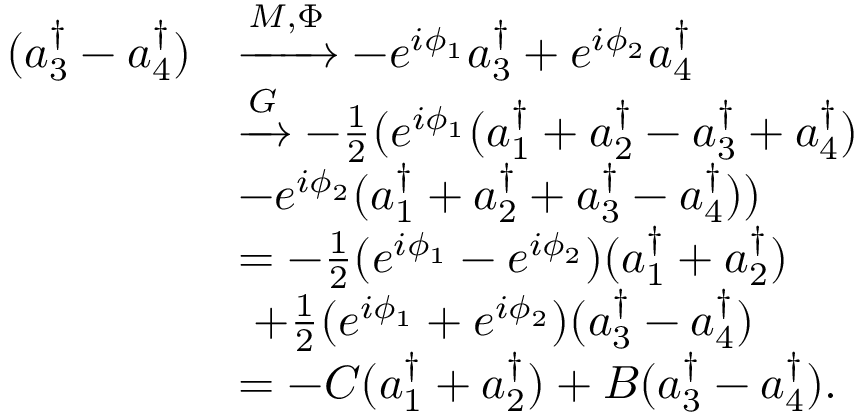
\begin{array} { r l } { ( a _ { 3 } ^ { \dagger } - a _ { 4 } ^ { \dagger } ) } & { \xrightarrow { M , \Phi } - e ^ { i \phi _ { 1 } } a _ { 3 } ^ { \dagger } + e ^ { i \phi _ { 2 } } a _ { 4 } ^ { \dagger } } \\ & { \xrightarrow { G } - \frac 1 2 ( e ^ { i \phi _ { 1 } } ( a _ { 1 } ^ { \dagger } + a _ { 2 } ^ { \dagger } - a _ { 3 } ^ { \dagger } + a _ { 4 } ^ { \dagger } ) } \\ & { - e ^ { i \phi _ { 2 } } ( a _ { 1 } ^ { \dagger } + a _ { 2 } ^ { \dagger } + a _ { 3 } ^ { \dagger } - a _ { 4 } ^ { \dagger } ) ) } \\ & { = - \frac 1 2 ( e ^ { i \phi _ { 1 } } - e ^ { i \phi _ { 2 } } ) ( a _ { 1 } ^ { \dagger } + a _ { 2 } ^ { \dagger } ) } \\ & { \ + \frac 1 2 ( e ^ { i \phi _ { 1 } } + e ^ { i \phi _ { 2 } } ) ( a _ { 3 } ^ { \dagger } - a _ { 4 } ^ { \dagger } ) } \\ & { = - C ( a _ { 1 } ^ { \dagger } + a _ { 2 } ^ { \dagger } ) + B ( a _ { 3 } ^ { \dagger } - a _ { 4 } ^ { \dagger } ) . } \end{array}